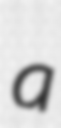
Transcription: a